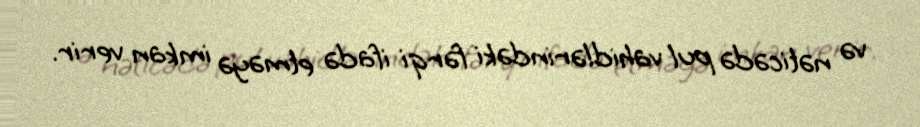
və nəticədə pul vahidlərindəki fərqi ifadə etməyə imkan verir.